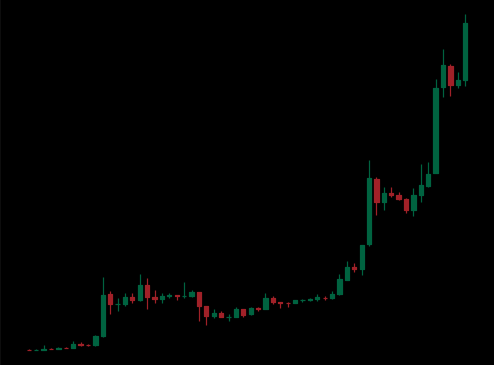
Pattern: unclassified